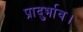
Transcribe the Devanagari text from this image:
प्रादुर्भाव।